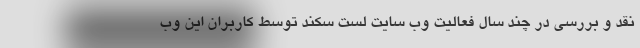
نقد و بررسی در چند سال فعالیت وب سایت لست سکند توسط کاربران این وب